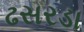
ઢસરડા